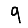
Digit: 9